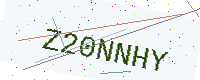
Text: Z20NNHY